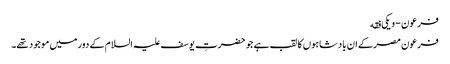
فرعون - ویکی فقه
فرعون مصر کے ان بادشاہوں کا لقب ہے جو حضرتِ یوسف علیہ السلام کے دور میں موجود تھے۔